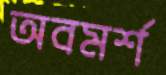
অবমর্শ